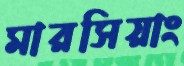
মারসিয়াং